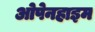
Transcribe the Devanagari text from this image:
ओपेनहाइम